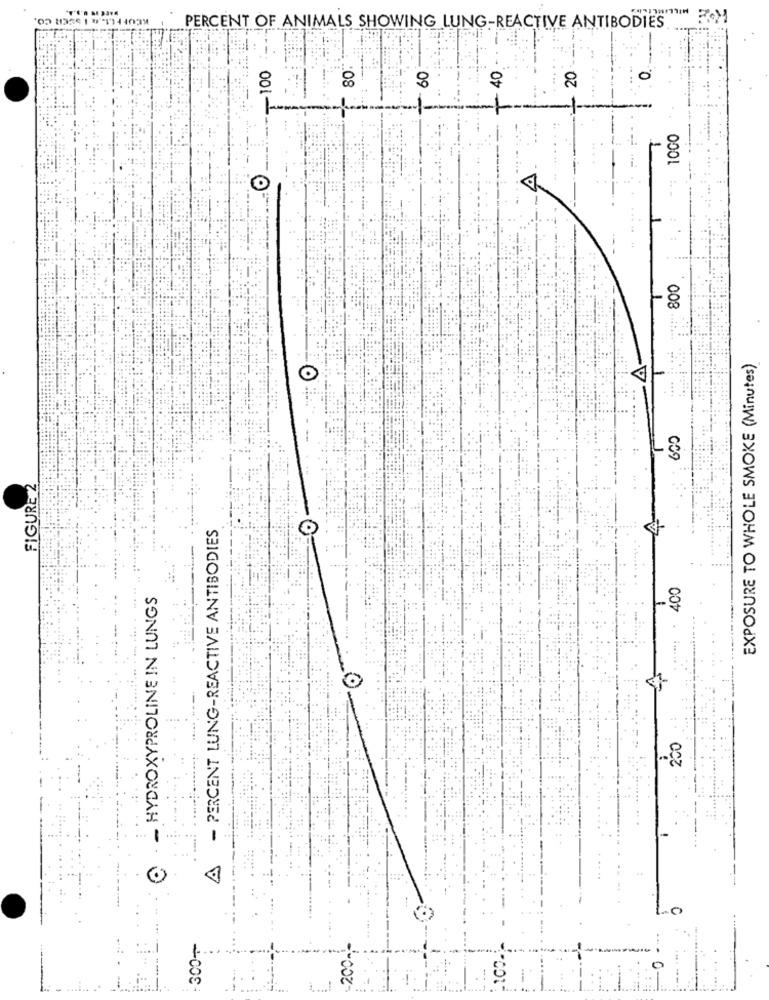
MILLIMETERS
PERCENT OF ANIMALS SHOWING LUNG-REACTIVE ANTIBODIES
80:
40
100
60
20
0
1000
800
EXPOSURE TO WHOLE SMOKE (Minutes)
O
FIGURE 2
- PERCENT LUNG-REACTIVE ANTIBODIES
400
- HYDROXYPROLINE IN LUNGS
200
:300+
-200-)
......
1.